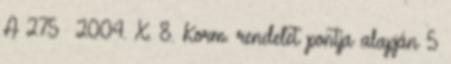
A 275 2004. X. 8. Korm. rendelet pontja alapján 5